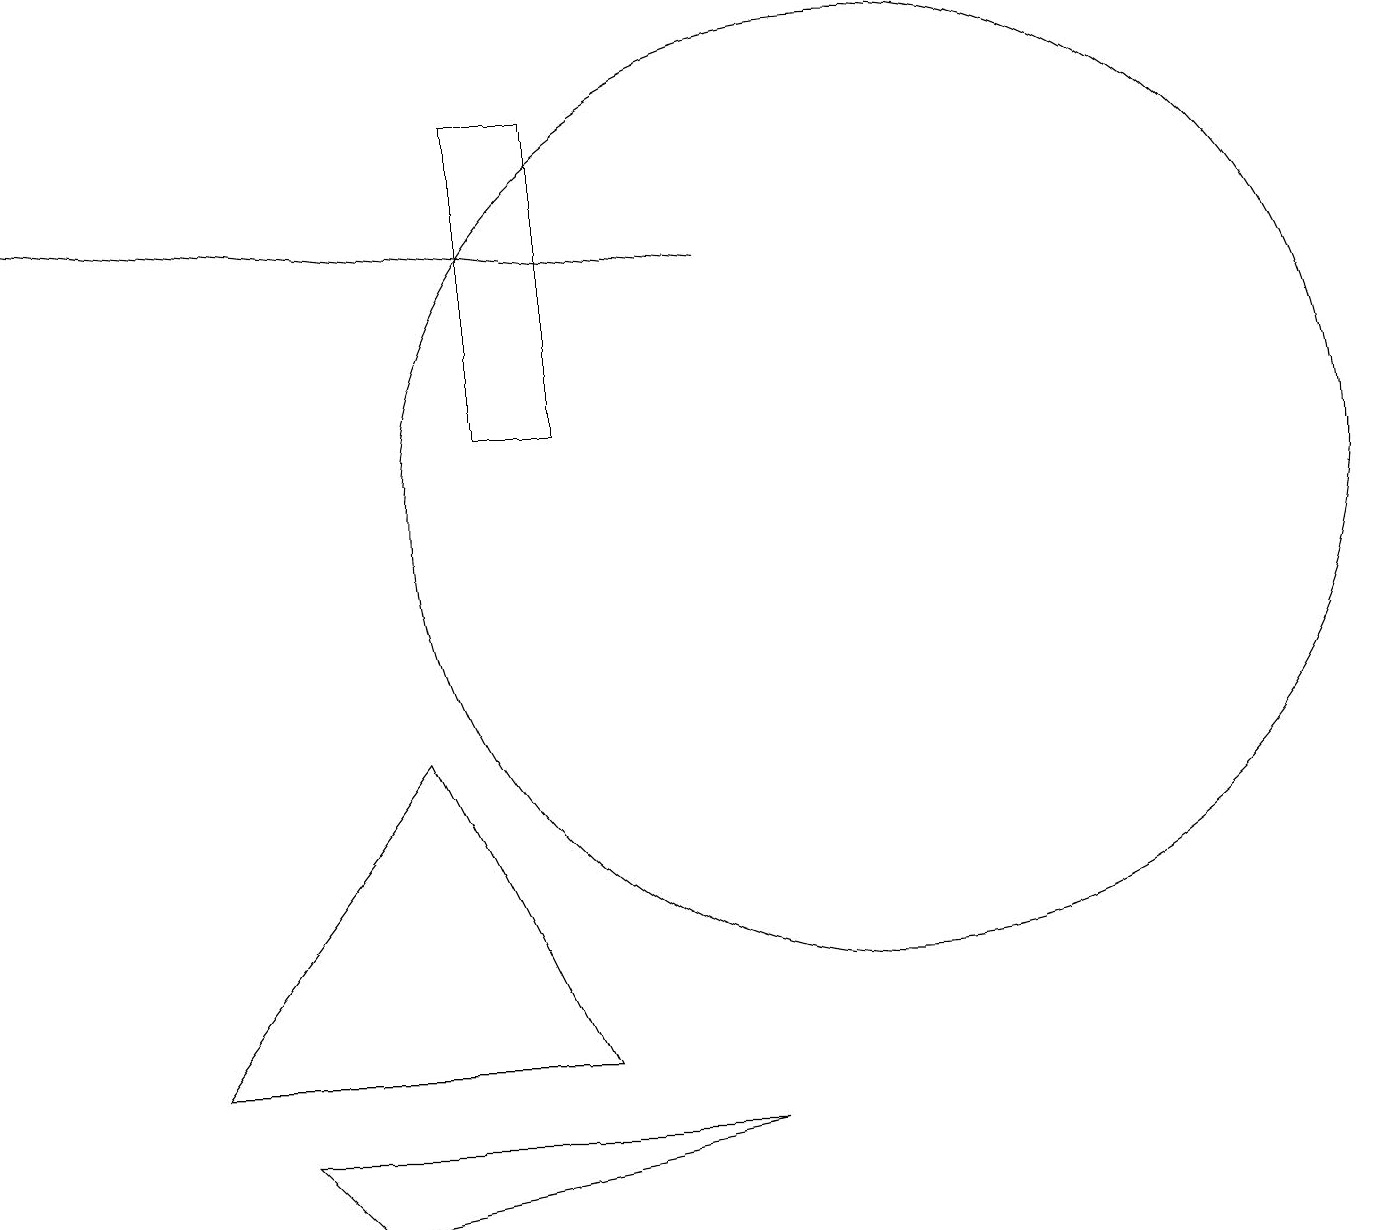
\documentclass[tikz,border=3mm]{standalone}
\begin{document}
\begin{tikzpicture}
\draw (4,3) -- (3,4) -- (9,4) -- cycle;
\draw[->] (9,15) -- (0,16);
\draw (11,12) circle (6);
\draw (7,5) -- (2,5) -- (5,9) -- cycle;
\draw (6,13) rectangle (7,17);
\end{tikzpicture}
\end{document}